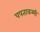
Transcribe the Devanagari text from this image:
पपताकम्मी